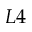
L 4